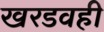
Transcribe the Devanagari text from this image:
खरडवही